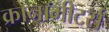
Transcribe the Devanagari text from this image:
क्रोनॉमीटर्स